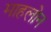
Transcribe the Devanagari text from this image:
माहलोन